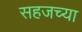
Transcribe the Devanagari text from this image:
सहजच्या